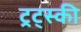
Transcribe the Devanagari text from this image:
ट्रट्स्की